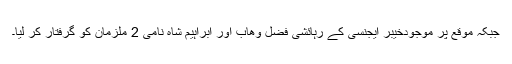
جبکہ موقع پر موجودخیبر ایجنسی کے رہائشی فضل وھاب اور ابراہیم شاہ نامی 2 ملزمان کو گرفتار کر لیا۔